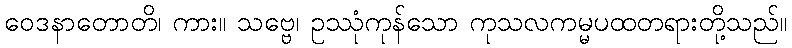
ဝေဒနာတောတိ၊ ကား။ သဗ္ဗေ၊ ဥဿုံကုန်သော ကုသလကမ္မပထတရားတို့သည်။